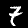
Label: 7